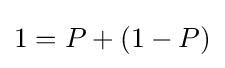
1=P+(1-P)